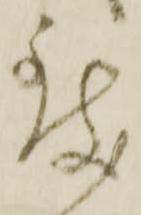
致